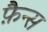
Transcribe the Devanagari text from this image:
फ़ैन्स